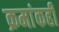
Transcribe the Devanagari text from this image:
क्रमांकही